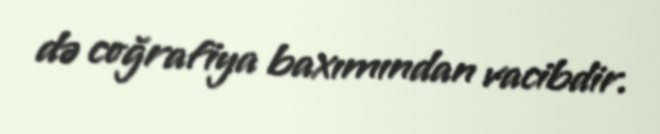
də coğrafiya baxımından vacibdir.